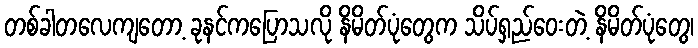
တစ်ခါတလေကျတော့ ခုနင်ကပြောသလို နိမိတ်ပုံတွေက သိပ်ရှည်ဝေးတဲ့ နိမိတ်ပုံတွေ၊